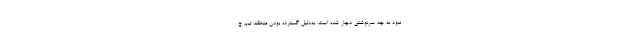
نبود به چه سرنوشتی دچار شده است. به‌دلیل گسترده بودن منطقه، تیم ج